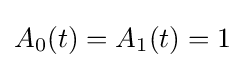
{\textstyle A_{0}(t)=A_{1}(t)=1}